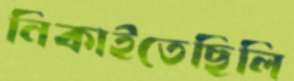
নিকাইতেছিলি